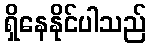
ရှိနေနိုင်ပါသည်